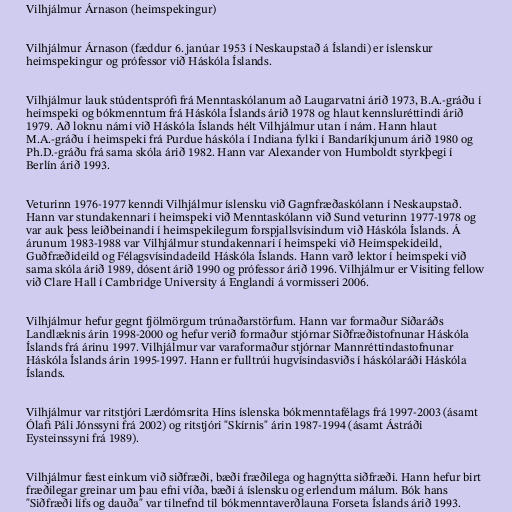
Vilhjálmur Árnason (heimspekingur)

Vilhjálmur Árnason (fæddur 6. janúar 1953 í Neskaupstað á Íslandi) er íslenskur
heimspekingur og prófessor við Háskóla Íslands.

Vilhjálmur lauk stúdentsprófi frá Menntaskólanum að Laugarvatni árið 1973, B.A.-gráðu í
heimspeki og bókmenntum frá Háskóla Íslands árið 1978 og hlaut kennsluréttindi árið
1979. Að loknu námi við Háskóla Íslands hélt Vilhjálmur utan í nám. Hann hlaut
M.A.-gráðu í heimspeki frá Purdue háskóla í Indiana fylki í Bandaríkjunum árið 1980 og
Ph.D.-gráðu frá sama skóla árið 1982. Hann var Alexander von Humboldt styrkþegi í
Berlín árið 1993.

Veturinn 1976-1977 kenndi Vilhjálmur íslensku við Gagnfræðaskólann í Neskaupstað.
Hann var stundakennari í heimspeki við Menntaskólann við Sund veturinn 1977-1978 og
var auk þess leiðbeinandi í heimspekilegum forspjallsvísindum við Háskóla Íslands. Á
árunum 1983-1988 var Vilhjálmur stundakennari í heimspeki við Heimspekideild,
Guðfræðideild og Félagsvísindadeild Háskóla Íslands. Hann varð lektor í heimspeki við
sama skóla árið 1989, dósent árið 1990 og prófessor árið 1996. Vilhjálmur er Visiting fellow
við Clare Hall í Cambridge University á Englandi á vormisseri 2006.

Vilhjálmur hefur gegnt fjölmörgum trúnaðarstörfum. Hann var formaður Siðaráðs
Landlæknis árin 1998-2000 og hefur verið formaður stjórnar Siðfræðistofnunar Háskóla
Íslands frá árinu 1997. Vilhjálmur var varaformaður stjórnar Mannréttindastofnunar
Háskóla Íslands árin 1995-1997. Hann er fulltrúi hugvísindasviðs í háskólaráði Háskóla
Íslands.

Vilhjálmur var ritstjóri Lærdómsrita Hins íslenska bókmenntafélags frá 1997-2003 (ásamt
Ólafi Páli Jónssyni frá 2002) og ritstjóri "Skírnis" árin 1987-1994 (ásamt Ástráði
Eysteinssyni frá 1989).

Vilhjálmur fæst einkum við siðfræði, bæði fræðilega og hagnýtta siðfræði. Hann hefur birt
fræðilegar greinar um þau efni víða, bæði á íslensku og erlendum málum. Bók hans
"Siðfræði lífs og dauða" var tilnefnd til bókmenntaverðlauna Forseta Íslands árið 1993.